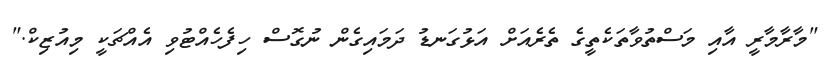
"މާރާމާރީ އާއި މަސްތުވާތަކެތީގެ ތެރެއަށް އަޅުގަނޑު ދަމައިގެން ނުގޮސް ހިފެހެއްޓުވި އެއްޗަކީ މިއުޒިކް."